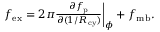
\begin{array} { r } { f _ { \mathrm { e x } } = 2 \pi \frac { \partial f _ { \mathrm { p } } } { \partial ( 1 / R _ { \mathrm { c y } } ) } \bigg | _ { \phi } + f _ { \mathrm { m b } } . } \end{array}